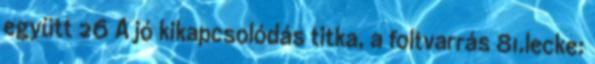
együtt 26 A jó kikapcsolódás titka, a foltvarrás 81.lecke: